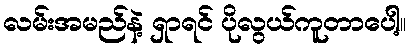
လမ်းအမည်နဲ့ ရှာရင် ပိုလွယ်ကူတာပေါ့။